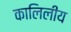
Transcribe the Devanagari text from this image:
कालिलीय